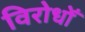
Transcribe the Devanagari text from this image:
विरोधोँ